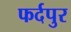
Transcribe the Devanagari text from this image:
फर्दपुर